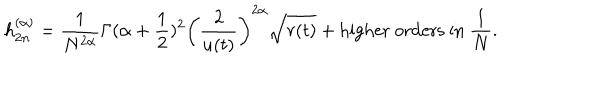
LaTeX: { h } _ { 2 n } ^ { ( \alpha ) } = \frac { 1 } { N ^ { 2 \alpha } } { \Gamma ( \alpha + \frac 1 2 ) ^ { 2 } } \left( \frac { 2 } { u ( t ) } \right) ^ { 2 \alpha } \sqrt { r ( t ) } + \mathrm { h i g h e r ~ o r d e r s ~ i n ~ } \frac 1 N .